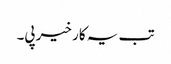
تب یہ کار خیر پی۔